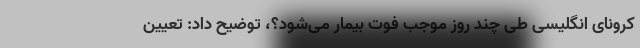
کرونای انگلیسی طی چند روز موجب فوت بیمار می‌شود؟، توضیح داد: تعیین